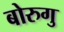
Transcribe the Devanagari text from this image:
बोरुगु